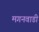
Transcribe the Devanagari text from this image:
मगनवाडी